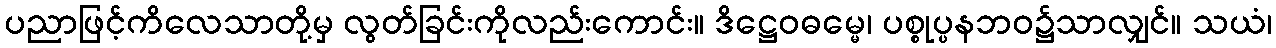
ပညာဖြင့်ကိလေသာတို့မှ လွတ်ခြင်းကိုလည်းကောင်း။ ဒိဋ္ဌေဝဓမ္မေ၊ ပစ္စုပ္ပနဘဝ၌သာလျှင်။ သယံ၊